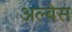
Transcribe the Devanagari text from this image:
अल्बेस